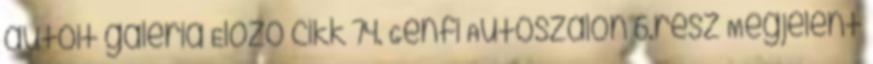
autóit galéria Előző cikk 74. Genfi Autószalon 6.rész Megjelent